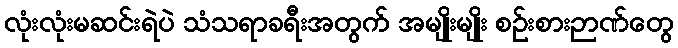
လုံးလုံးမဆင်းရဲပဲ သံသရာခရီးအတွက် အမျိုးမျိုး စဉ်းစားဉာဏ်တွေ